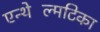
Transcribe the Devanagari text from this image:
एन्थेल्मिंटिका